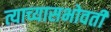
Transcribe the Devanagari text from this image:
त्याच्यासभोवती